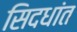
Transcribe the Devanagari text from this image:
सिदधांत